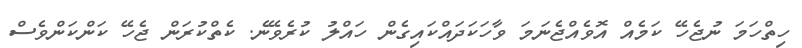
ހިތްހަމަ ނުޖެހޭ ކަމެއް އޮވެއްޖެނަމަ ވާހަކަދައްކައިގެން ހައްލު ކުރެވޭނެ. ކެތްކުރަން ޖެހޭ ކަންކަންވެސް